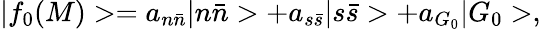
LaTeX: |f_{0}(M)>=a_{n\bar{n}}|n\bar{n}>+a_{s\bar{s}}|s\bar{s}>+a_{G_{0}}|G_{0}>,